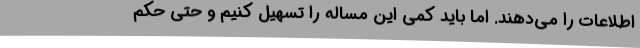
اطلاعات را می‌دهند. اما باید کمی این مساله را تسهیل کنیم و حتی حکم